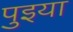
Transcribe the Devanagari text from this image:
पुइया